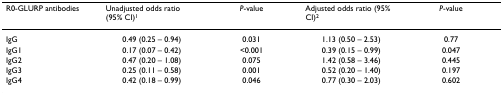
<table><thead><tr><td><b>R0-GLURP antibodies</b></td><td><b>Unadjusted odds ratio (95% CI)<sup>1</sup></b></td><td><b><i>P</i>-value</b></td><td><b>Adjusted odds ratio (95% CI)<sup>2</sup></b></td><td><b><i>P</i>-value</b></td></tr></thead><tbody><tr><td>IgG</td><td>0.49 (0.25 – 0.94)</td><td>0.031</td><td>1.13 (0.50 – 2.53)</td><td>0.77</td></tr><tr><td>IgG1</td><td>0.17 (0.07 – 0.42)</td><td>&lt;0.001</td><td>0.39 (0.15 – 0.99)</td><td>0.047</td></tr><tr><td>IgG2</td><td>0.47 (0.20 – 1.08)</td><td>0.075</td><td>1.42 (0.58 – 3.46)</td><td>0.445</td></tr><tr><td>IgG3</td><td>0.25 (0.11 – 0.58)</td><td>0.001</td><td>0.52 (0.20 – 1.40)</td><td>0.197</td></tr><tr><td>IgG4</td><td>0.42 (0.18 – 0.99)</td><td>0.046</td><td>0.77 (0.30 – 2.03)</td><td>0.602</td></tr></tbody></table>